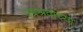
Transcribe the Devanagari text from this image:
उग्रश्रवाच्या